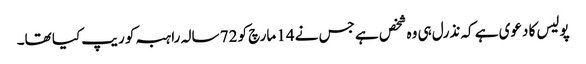
پولیس کا دعوی ہے کہ نذرل ہی وہ شخص ہے جس نے 14 مارچ کو 72 سالہ راہبہ کو ریپ کیا تھا۔